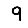
Digit: 9